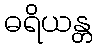
ဓရိယန္တ